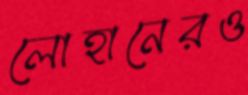
লোহানেরও